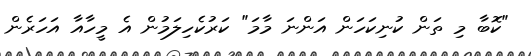
"ކޮބާ މި ތަން ކުނިކަހަން އަންނަ މާމަ" ކަރުކެހިލަމުން އެ މީހާއާ އަހަރެން